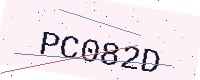
Text: PC082D